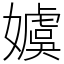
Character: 𡢢